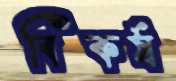
বিকর্ষ